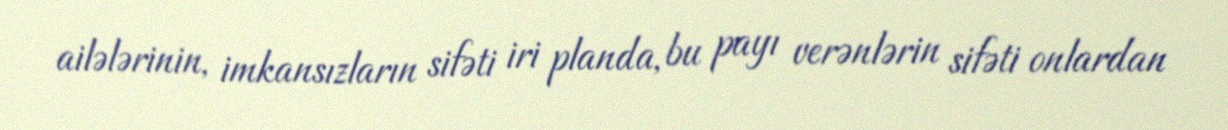
ailələrinin, imkansızların sifəti iri planda, bu payı verənlərin sifəti onlardan